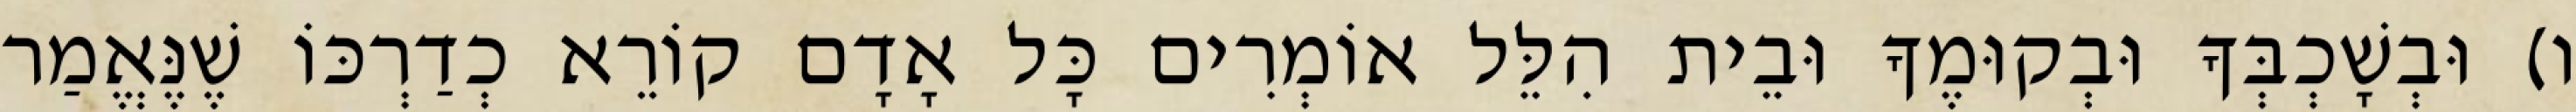
ו) וּבְשָׁכְבְּךָ וּבְקוּמֶךָ וּבֵית הִלֵּל אוֹמְרִים כָּל אָדָם קוֹרֵא כְדַרְכּוֹ שֶׁנֶּאֱמַר